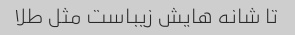
تا شانه هایش زیباست مثل طلا